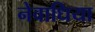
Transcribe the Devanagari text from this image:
नेवाधिया